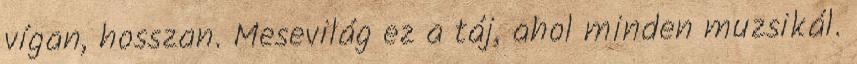
vígan, hosszan. Mesevilág ez a táj, ahol minden muzsikál.